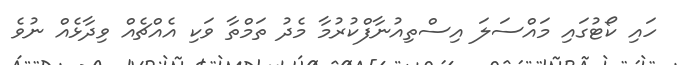
ހައި ކޯޓުގައި މައްސަލަ އިސްތިއުނާފްކުރުމާ މެދު ތަމްތާ ވަކި އެއްޗެއް ވިދާޅެއް ނުވެ